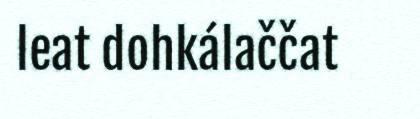
leat dohkálaččat